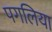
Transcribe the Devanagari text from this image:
पगलिया